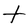
Character: t